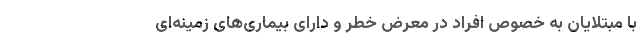
با مبتلایان به خصوص افراد در معرض خطر و دارای بیماری‌های زمینه‌ای